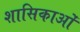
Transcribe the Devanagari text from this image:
शासिकाओं